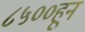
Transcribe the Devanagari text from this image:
८५००हून